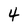
Character: 4